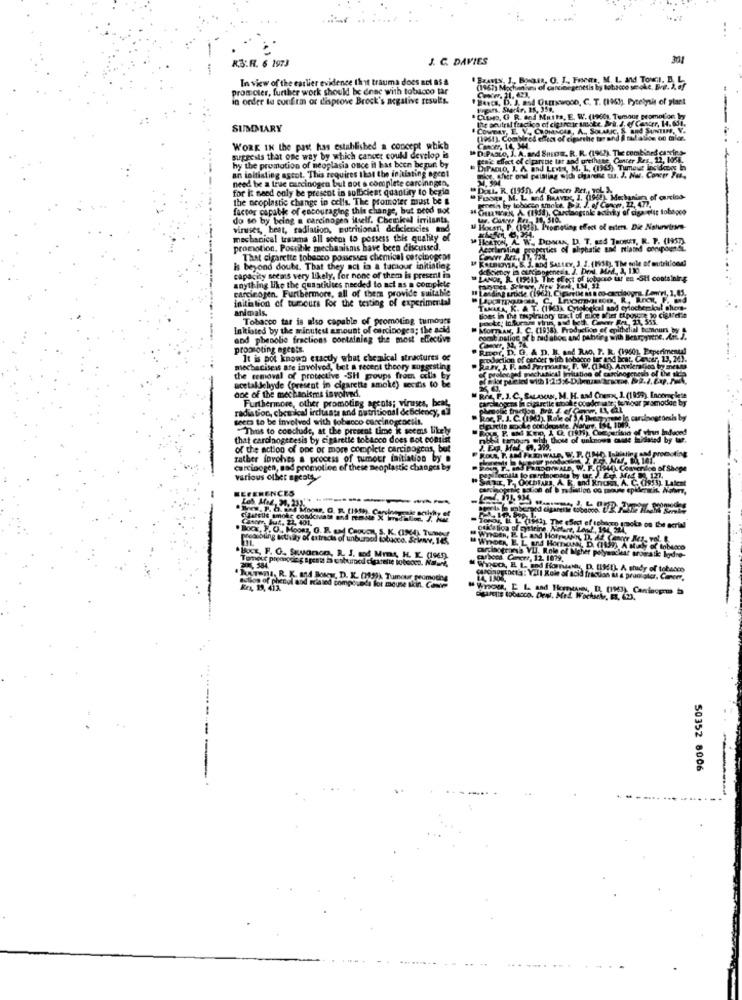
..
R.S.F. 6 1973
J. C. DAVIES
In view of the earlier evidence that trauma does act B5 a
promoter, further work should be enac with tobacco tar
(1167) Mechanisms of carcino genesis by tobacco senok.e. Bhar. A. of
Com. 11. 423.
in order to confirm or disprove Brock's negative results.
IBarcs, D. J. and OxEENWOOD, C. T. (1961). Pytelysit of plant
Shy. Pytelysit of plant
* Champ, G R. and Mutts, E. W. (1960), Tumour promotion ler
Ilte seutral fraction of cigarcuir uncke. Bri. d. of Cancer, 14.651.
SUMMARY
COMBAT, E. V ., CRONENGAR, A ., SOLMAC, S. and SUNTIN, V.
(1961). Combirol effect of cigarthe tar and I ta alos on maler.
WORK IN the past has established a concept which
.D.PAOLO, J. A. and SHEDE. R. R. (1962). The combined cascin.s.
suggests that one way by which cancer coukl develop is
penic effect of clpartne tar and urethane Conter Res, 12, 1056.
hy the promotion of neoplasia once it has been begur by
an initiating astot. This requires that the initiating ogee!
DiPADLO, I. A. and LEVIs, M. L. (1965). Tumeve jocidacos In
glor, cher onel paisling wich charente ti. J. Nur. Concer For.
need be a true carcinogen but not e complete carcinogen,
for it need only be present in sullcient quantity to begin
Doul. R. (1955). Al Cancer Pet ,, YOL S.
the ocoplastic change in cells. The promoter must be &
" Pusoen, M. L. and BRAVER, J. (1968), Mechanism of ourcing-
genesis by lobacon smoke. &a. J. of Concer, 22, 477,
factor capable of encouraging this change, but neod not
do so by being a carcinogen itself. Chemkal irritants
18. 510.
viruses, beat, radiation, nutritional deficiencies and
Houen, P. (1995) Promoting effect of ester. Die Nahurtown-
mechanical trama all seem to possess this quality of
HORTON, A. W. DoNAS, D. T. and 780MET, R. P. (HSD).
promotion. Possible mechanisms have been discussed.
Accelerating properties of aliphatic and related onnipoundt.
That cigarette tobacco possesses chemical carcinogens
KALINOYSA, S. J. and SALLEY, J. J. (1998), The mule of nutritiond!
is beyond doubt. That they act in a taciour initiating
capacity seems very likely, for none of them is presenil is
LANDE, R. (1961) The effect of tobacco ur en -Stf containing
anything like the quantiites needed to act as a complete
carcinojen. Furthermore, all of them provide suitable
Landing urticte (1962), Cigaretit as a co-cacciodyr],
initiation of tumours for the testing of experimental
animals.
TAMARA, K. A T. (1963) Cytological and cytocherkal shop-
cherkal ahen
Tobacco tar is also capable of promoting tumogts
Boet in the mapinibry tract of mice gher tipoyare to cigaretta
poke Infuram vinn, and beth. Coneer Fet, 21, 555.
21,555
Initiated by the minutes amount of carcinogen; the acid
MorTAN, J. C. (1938). Production ef epithelial temours by
and phenolic fractions containing the most effective
promoting agents.
RmDor, D. O. A D. B. and R.o. P. R. (19601, Experimental
It is pot known cuactly what chemical structures of
agodaction of cander with tobacco lar and Int. Cover, 23, 243.
mechaniseis are involved, bet a recent theory suggesting
TN, F. W. (IMO). Anvier
the removal of protective -SH groups from oclist
acetaldehyde (present in cigarette smoke) seciis to be
one of the mechanisms involved.
Furthermore, other promoting agents; viruses, beat
radiation, chemical ircitaats and nutritional de Belency, el
teers to be involved with tobacco carcinogenesis.
Thus to conclude, at the present time k seems likely
that carcinogenesis by cigarette tobacco does not consist
of the action of one or more complete carcinogens, but
promoting
rather foroles a process of tumour initiation by a
En WALD
NU. 10 161.
carcinogen, sad promotion of these neoplastic changes by
ur W. F. (1940) Comenice ot Shape
various other speots
REFERENCES
-
--
Clareils smoke condcsans
vr. but. 11 401.
otka lica of cystring, A
ToPos, Hi Ly(19thy The effect ef teboaro (moks on the acrial
Socr, . 0. MoORS, G. B. La CHOUOK, S. K. (1944) TuNe
Bung activity of artracks of unburaod tobacco. Schwe. 145.
Wnoth, P. L. and HorreAfin, D. dd Concer Rey- vol
WINDER, E. L. and HomosN, D. (1999) A study of tobacco
.Bocs, F. O. Savanon, R. I. mod Mms, HL K. (1965).
carboes Corr, 12 1079.
carcinogensa VU. Role of higher polywackat aromatic hydre-
204, 584.
Wieck, E L. and florian ,, D. (1961). A shady of tobacco
korona. R. K. and Busy, D. K. (199)). Tumour peomotins
AsiaDginetET: Vill Role of acid fraction &s & pradiator. Cinomy,
action of phenol and related tompo oda lot mouse skin. Conte
----
50352 8006